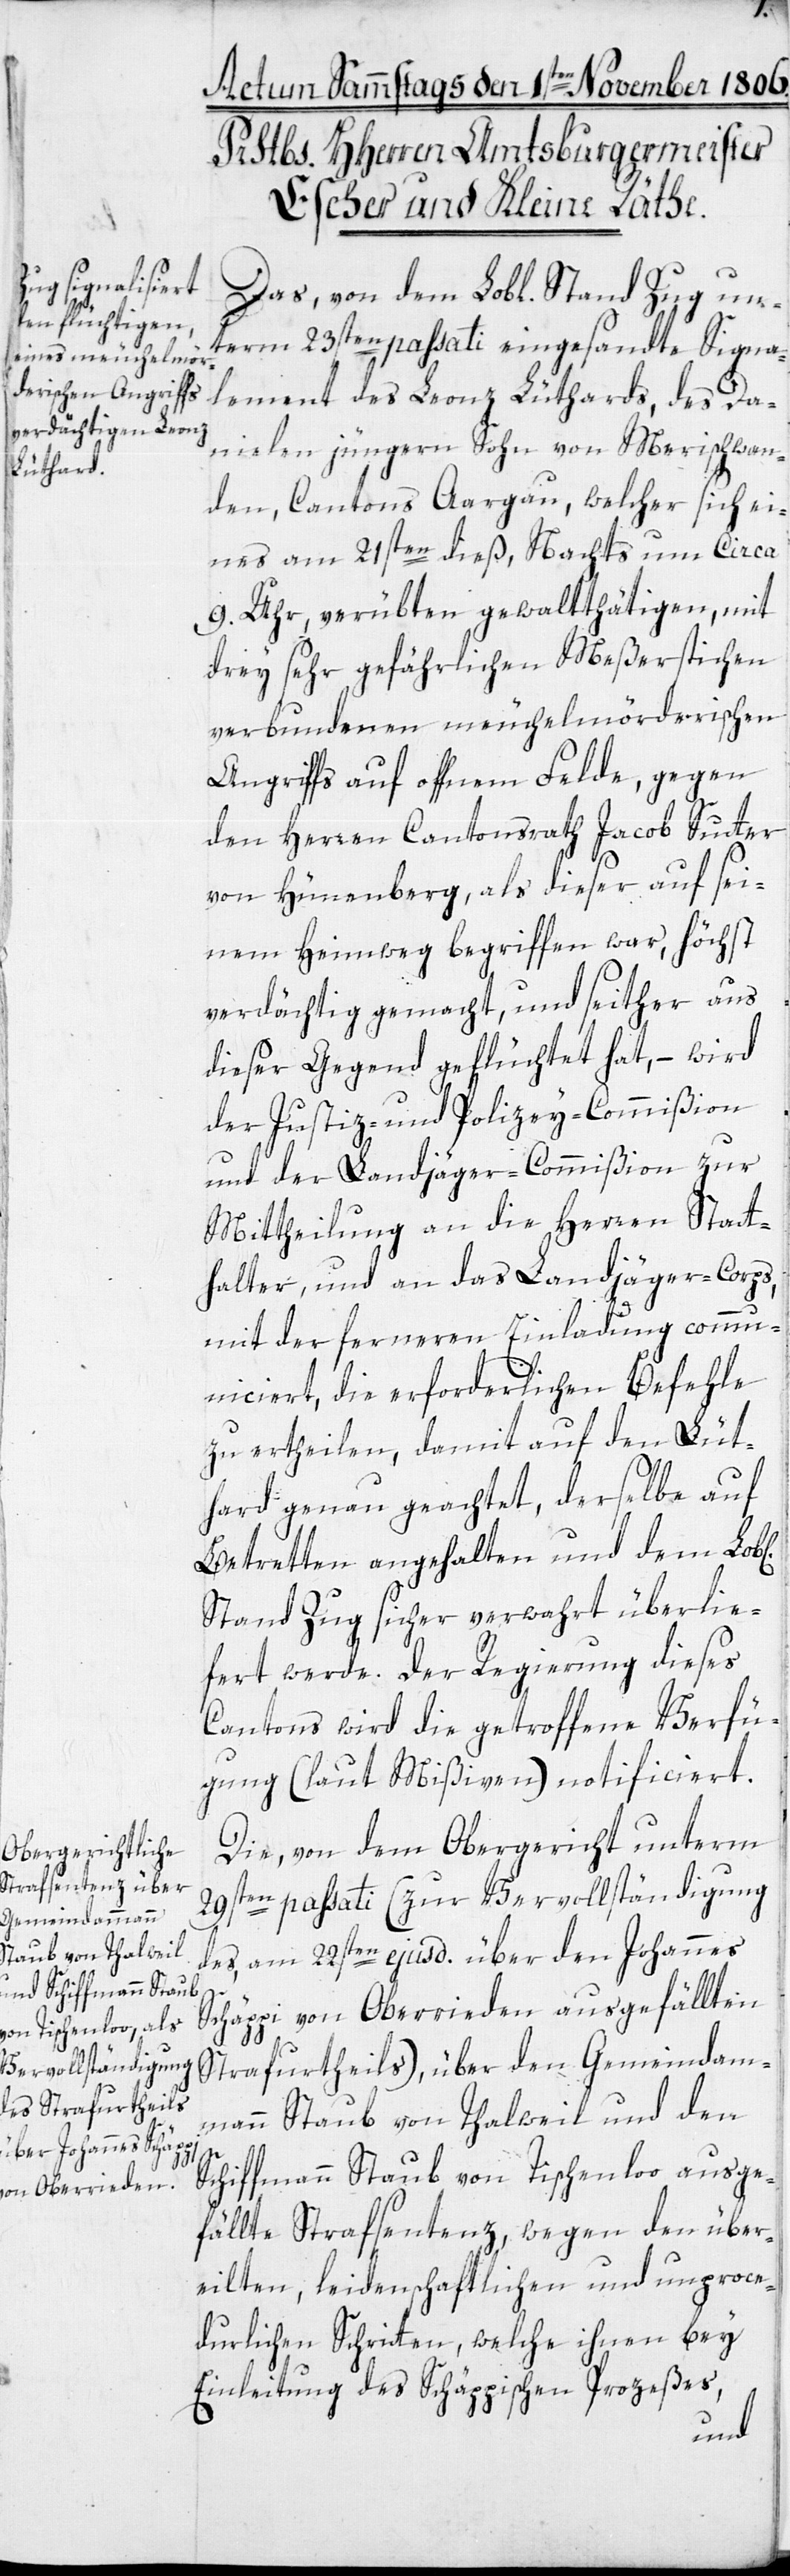
b[lichen]

Das von dem Lobl. Stand Zug un¬
term 23sten passati eingesandte Signa¬
lement des Leonz Lüthards, des Da¬
nielen jüngeren Sohn von Merischwan¬
den, Kantons Aargau, welcher sich ei¬
nes am 21sten dieß, Nachts um circa
9. Uhr, verübten gewalttätigen, mit
drey sehr gefährlichen Meßerstichen
verbundenen meuchelmörderischen
Angriff auf offenem Felde, gegen
den Herren Cantonsrath Jacob Sutter
von Hünenberg, als dieser auf sei¬
nem Heimweg begriffen war, höchst
verdächtig gemacht, und seither aus
dieser Gegend geflüchtet hat, – wird
der Justiz- und Polizey-Commißion
und der Landjäger-Commißion zur
Mittheilung an die Herren Statt¬
halter und an das Landjäger-Corps,
mit der ferneren Einladung comm¬
uniciert, die erforderlichen Befehle
zu ertheilen, damit auf den Lüt¬
hard genau geachtet, derselbe auf
Betreten angehalten und dem Lo¬
Stand Zug sicher verwahrt überlie¬
fert werde. Der Regierung dieses
Cantons wird die getroffene Verfü¬
gung (laut Mißiven) notificiert.
29sten passati (zur Vervollständigung
des am 22sten ejusd. über den Johannes
Schäppi von Oberrieden ausgefällten
Strafurtheils), über den Gemeindam¬
mann Staub von Thalweil und den
Schiffmann Staub von Tischenloo ausge¬
fällte Strafsentenz, wegen den über¬
eilten, leidenschaftlichen und unproce¬
durlichen Schritten, welche ihnen bey
Einleitung des Schäppischen Prozeßes,